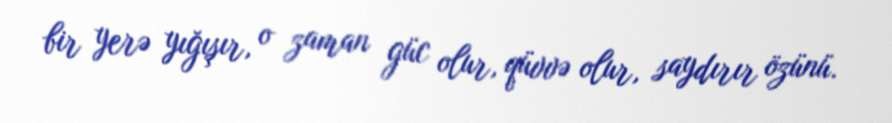
bir yerə yığışır, o zaman güc olur, qüvvə olur, saydırır özünü.